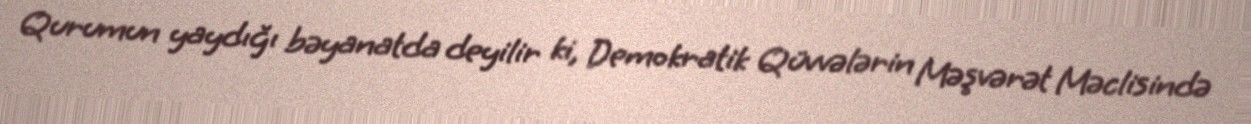
Qurumun yaydığı bəyanatda deyilir ki, Demokratik Qüvvələrin Məşvərət Məclisində